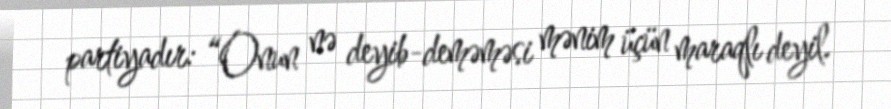
partiyadır: “Onun nə deyib-deməməsi mənim üçün maraqlı deyil.